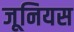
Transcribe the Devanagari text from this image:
जूनियस